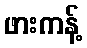
ဖားကန့်